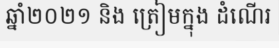
ឆ្នាំ២០២១ និង ត្រៀមក្នុង ដំណើរ